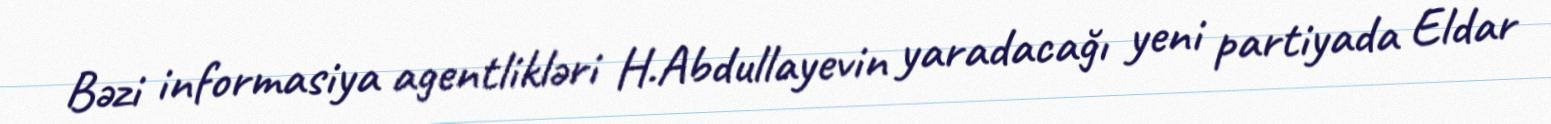
Bəzi informasiya agentlikləri H.Abdullayevin yaradacağı yeni partiyada Eldar